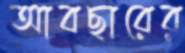
আবছারের